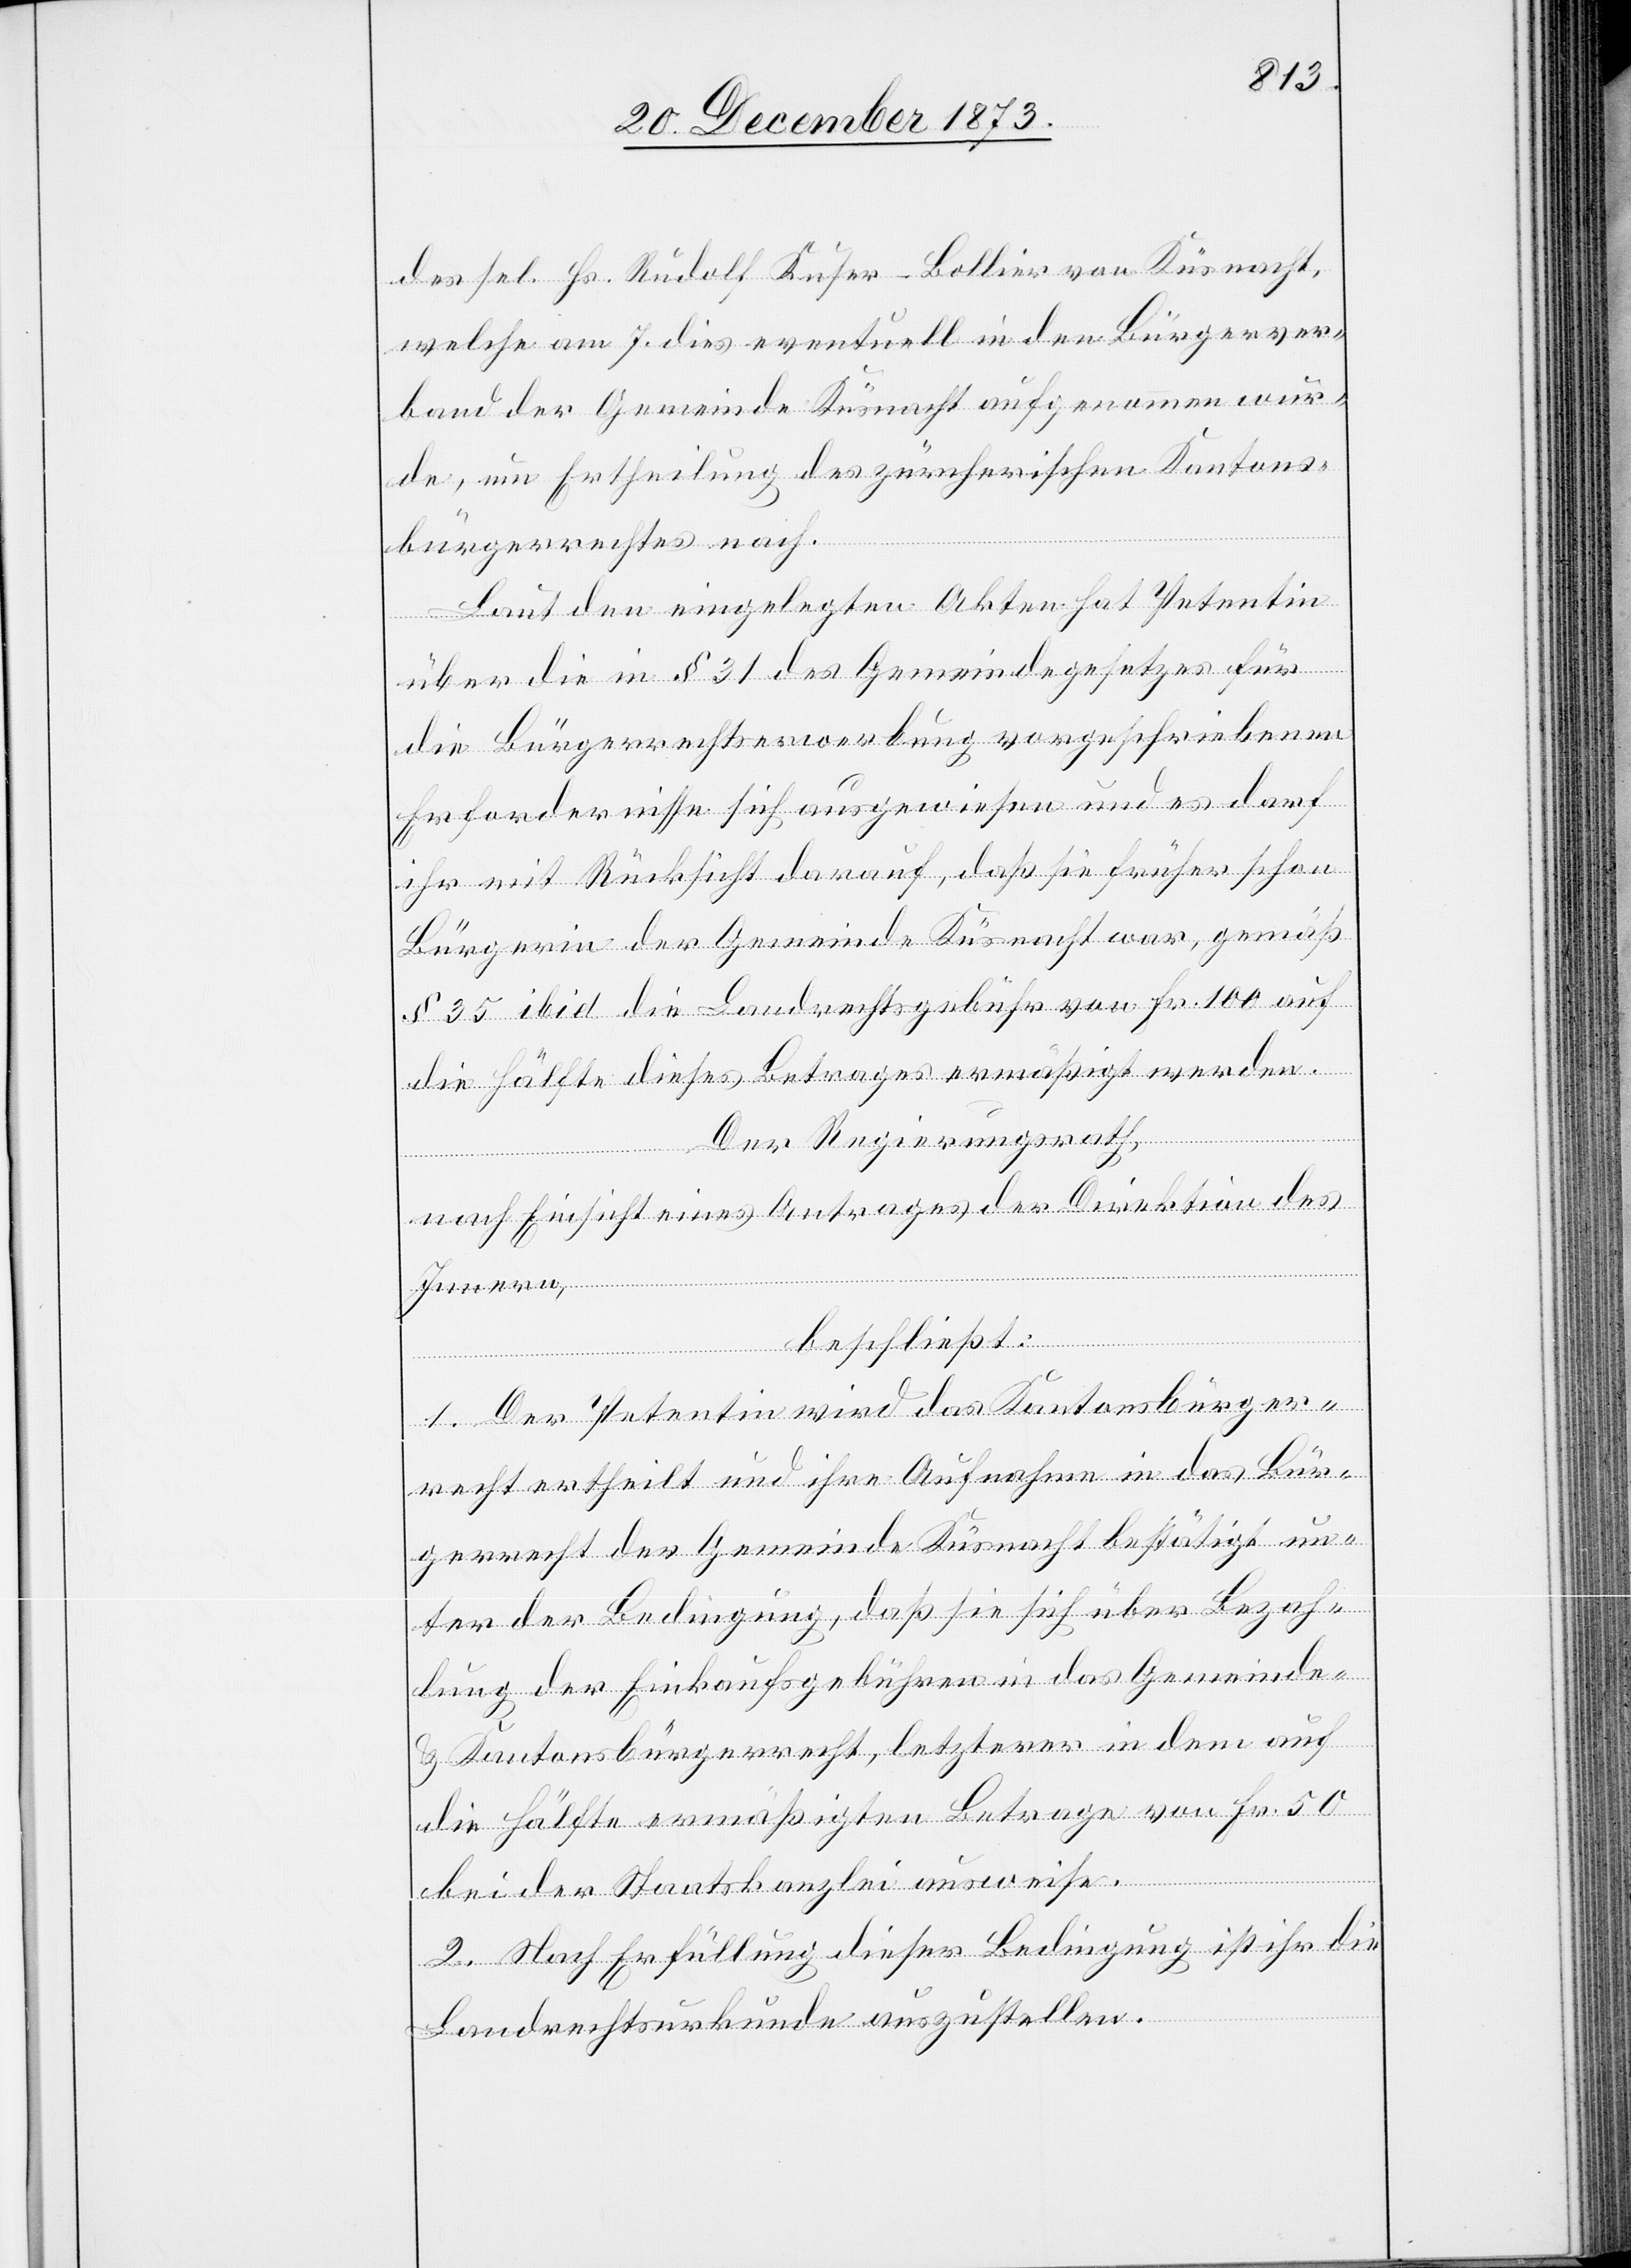
des sel. Hs. Rudolf Kuser-Bollier von Küsnacht,
welche am 7. dies eventuell in den Bürgerver¬
band der Gemeinde Küsnacht aufgenommen wur¬
de, um Ertheilung des zürcherischen Kantons¬
bürgerrechtes nach.
Laut den eingelegten Akten hat Petentin
über die in § 31 des Gemeindegesetzes für
die Bürgerrechtserwerbung vorgeschriebenen
Erfordernisse sich ausgewiesen und es darf
ihr mit Rücksicht darauf, daß sie früher schon
Bürgerin der Gemeinde Küsnacht war, gemäß
§ 35 ibid die Landrechtsgebühr von Fr. 100 auf
die Hälfte dieses Betrages ermäßigt werden.
Der Regierungsrath,
nach Einsicht eines Antrages der Direktion des
Innern,
beschließt:
1. Der Petentin wird das Kantonsbürger¬
recht ertheilt und ihre Aufnahme in das Bür¬
gerrecht der Gemeinde Küsnacht bestätigt un¬
ter der Bedingung, daß sie sich über Bezah¬
lung der Einkaufsgebühren in das Gemeinde-
& Kantonsbürgerrecht, letzterer in dem auf
die Hälfte ermäßigten Betrage von Fr. 50
bei der Staatskanzlei ausweise.
2. Nach Erfüllung dieser Bedingung ist ihr die
Landrechtsurkunde auszustellen.